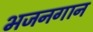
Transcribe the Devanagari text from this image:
भजनगान